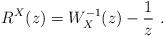
LaTeX: \begin{align*} R^X(z)=W_X^{-1}(z)-\frac{1}{z}\ .\end{align*}